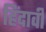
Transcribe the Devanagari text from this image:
हिंदावी